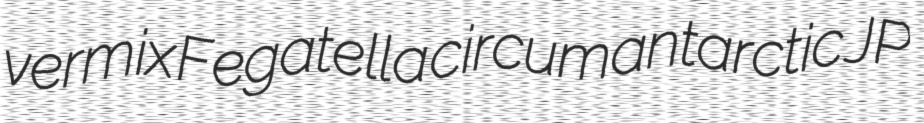
vermix Fegatella circumantarctic JP